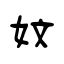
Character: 妏